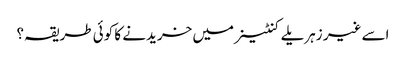
اسے غیر زہریلے کنٹینر میں خریدنے کا کوئی طریقہ؟